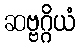
ဆဗ္ဗဂ္ဂိယံ